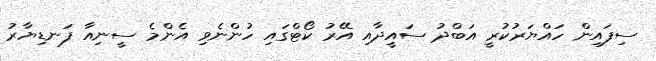
ސިފައިން ހައްޔަރުކުރީ އަބްދު ސައީދާއި އޭރު ކޯޓްގައި ހުންނެވި އެންމެ ސީނިއާ ފަނޑިޔާރު